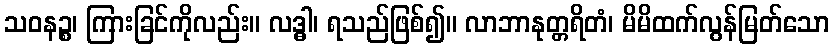
သဝနဉ္စ၊ ကြားခြင်ကိုလည်း။ လဒ္ဓါ၊ ရသည်ဖြစ်၍။ လာဘာနုတ္တရိတံ၊ မိမိထက်လွန်မြတ်သော